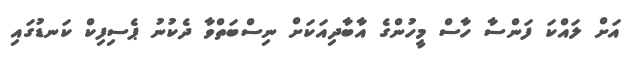
އަށް ލައްކަ ފަންސާ ހާސް މީހުންގެ އާބާދިއަކަށް ނިސްބަތްވާ ދެކުނު ޕެސިފިކް ކަނޑުގައި